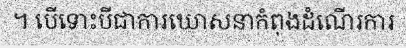
។ បើទោះបីជាការឃោសនាកំពុងដំណើរការ